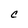
Character: C